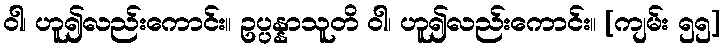
ဝါ၊ ဟူ၍လည်းကောင်း။ ဥပ္ပန္နာသူတိ ဝါ၊ ဟူ၍လည်းကောင်း။ [ကျမ်း ၅၅]